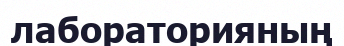
лабораторияның